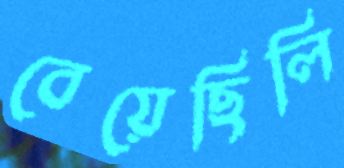
বেয়েছিলি